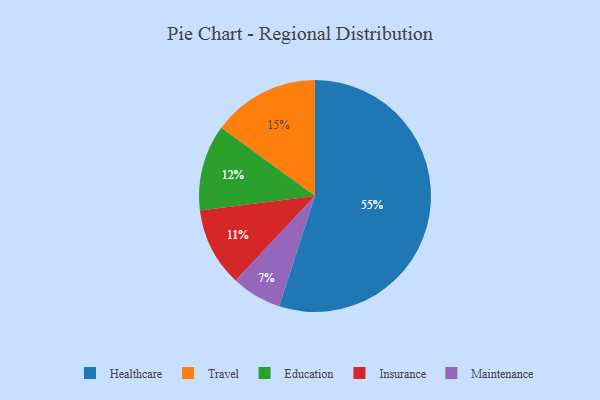
{"axis": {"x": "Category", "y": "Percentage"}, "legend": ["Education", "Healthcare", "Insurance", "Maintenance", "Travel"], "data": [{"x": "Travel", "y": 15, "type": "Travel"}, {"x": "Insurance", "y": 11, "type": "Insurance"}, {"x": "Education", "y": 12, "type": "Education"}, {"x": "Healthcare", "y": 55, "type": "Healthcare"}, {"x": "Maintenance", "y": 7, "type": "Maintenance"}]}